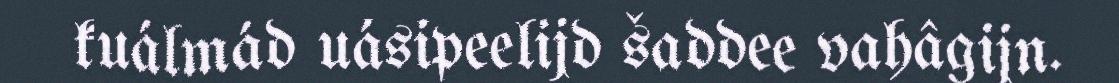
kuálmád uásipeelijd šaddee vahâgijn.